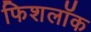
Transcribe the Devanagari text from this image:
फिशलॉक